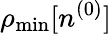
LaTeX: \rho_{\mathrm{min}}[n^{(0)}]